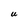
Character: U